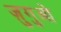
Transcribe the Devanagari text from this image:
ज़ुगुओ